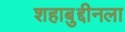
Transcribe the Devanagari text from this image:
शहाबुद्दीनला